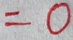
= 0